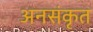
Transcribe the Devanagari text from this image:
अनसंकृत